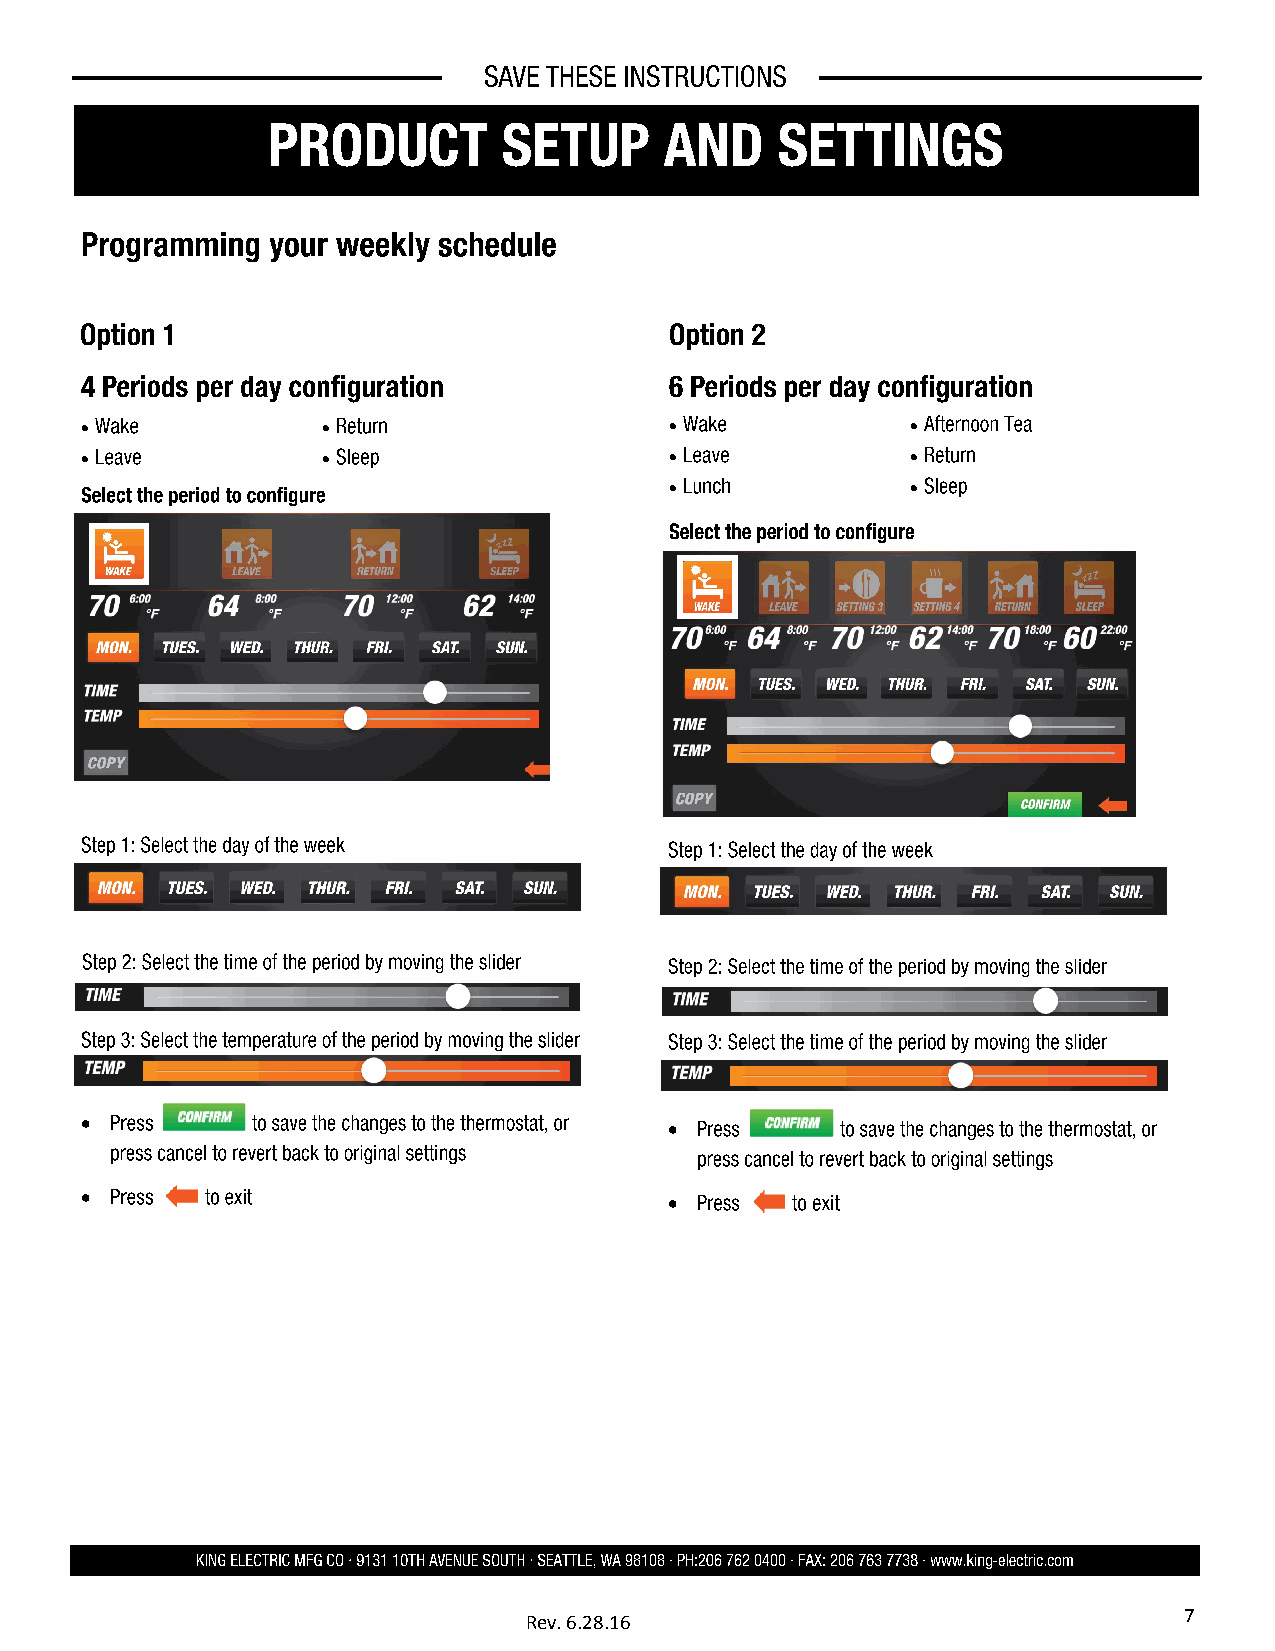
                                                    
                                                     
                
                                       
                                       
 7
 Rev. 6.28.16